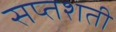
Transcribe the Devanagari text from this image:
सप्‍तशती